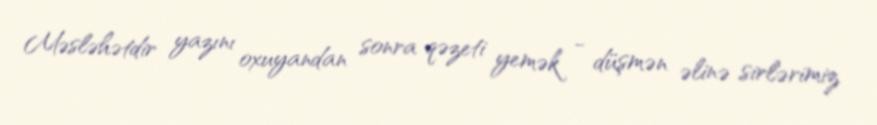
Məsləhətdir yazını oxuyandan sonra qəzeti yemək - düşmən əlinə sirlərimiz